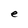
Character: e